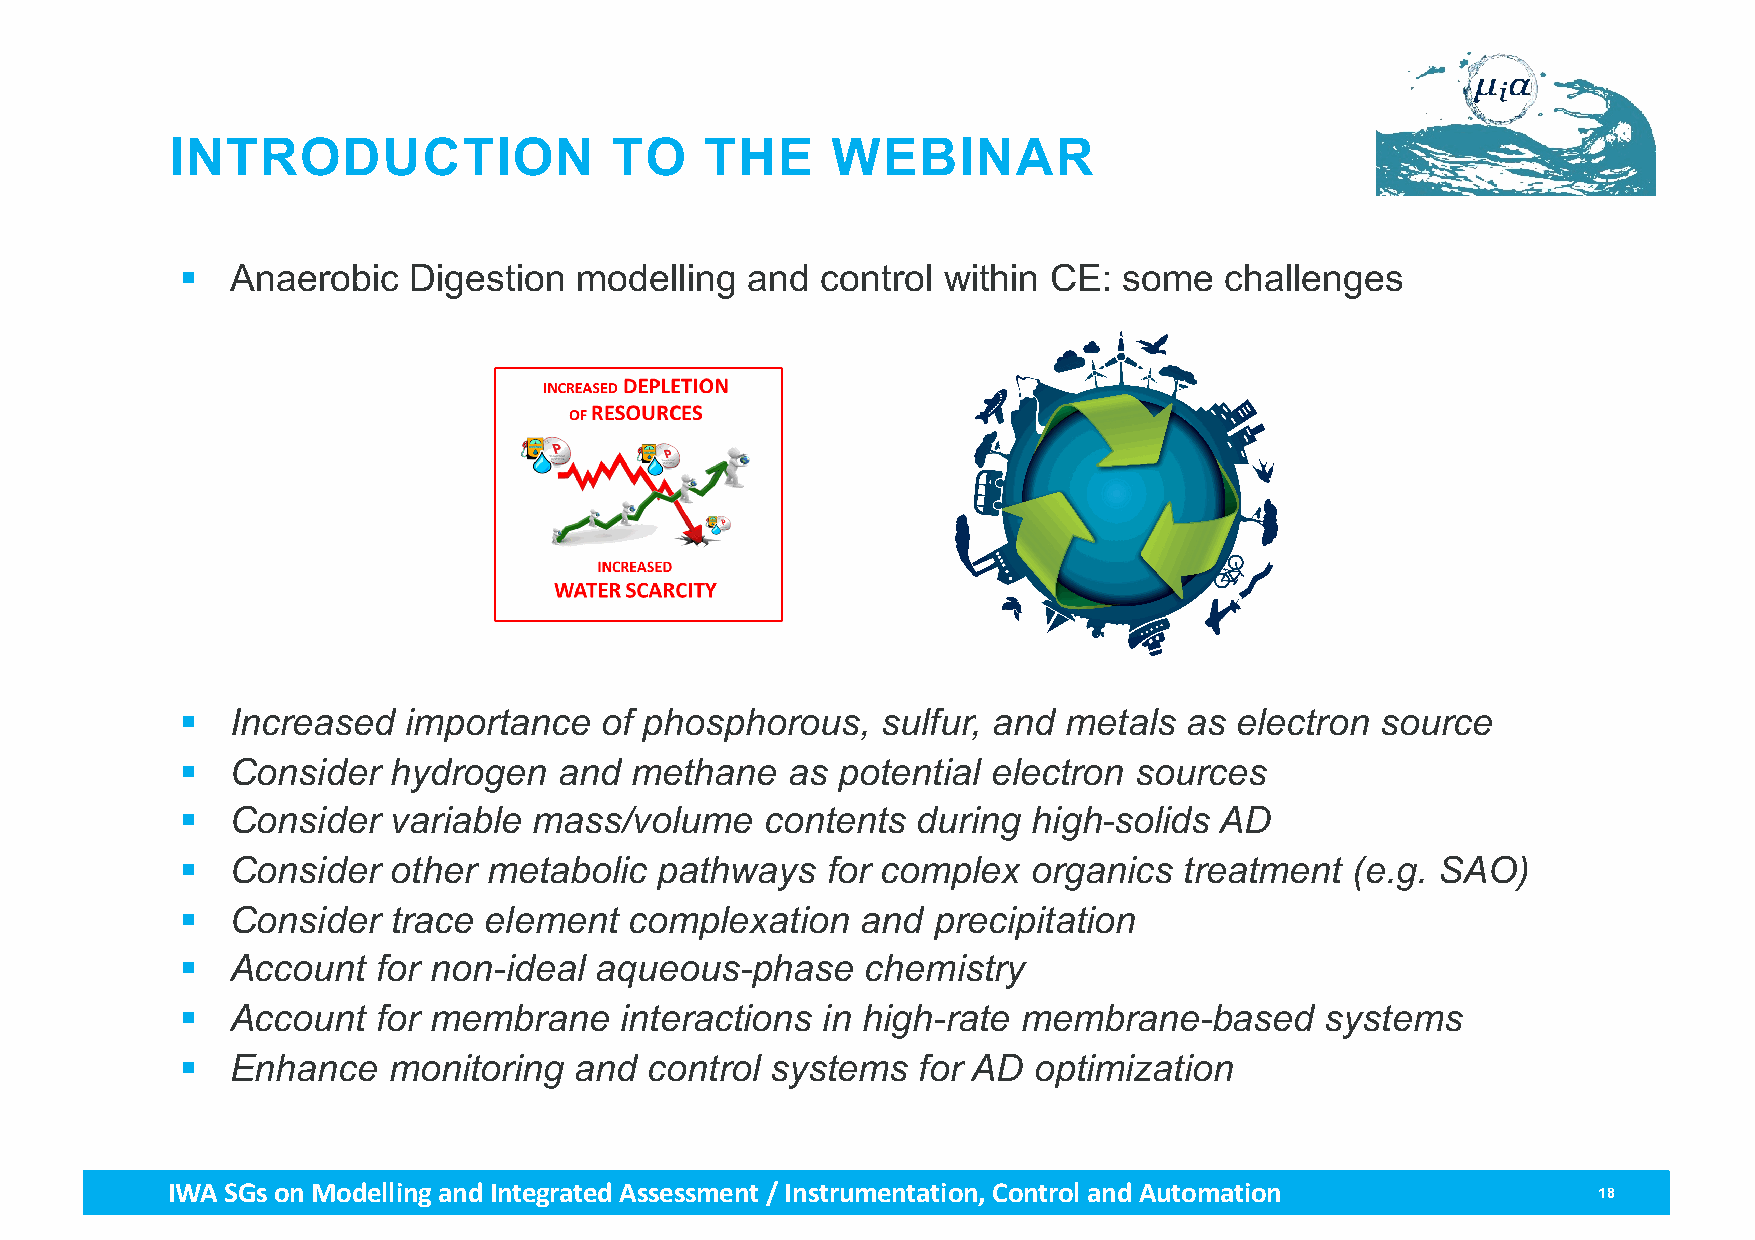
INTRODUCTION                 TO     THE     WEBINAR
 §  Anaerobic   Digestion  modelling  and  control within CE:  some   challenges
 §  Increased   importance   of phosphorous,   sulfur, and metals  as  electron source
 §  Consider   hydrogen   and  methane   as potential  electron sources
 §  Consider   variable mass/volume     contents  during high-solids  AD
 §  Consider   other metabolic   pathways   for complex  organics  treatment  (e.g. SAO)
 §  Consider   trace element   complexation   and  precipitation
 §  Account   for non-ideal aqueous-phase     chemistry
 §  Account   for membrane    interactions in high-rate  membrane-based      systems
 §  Enhance    monitoring  and  control systems   for AD optimization
 IWA SGs on Modellingand Integrated Assessment / Instrumentation, Control and Automation        18